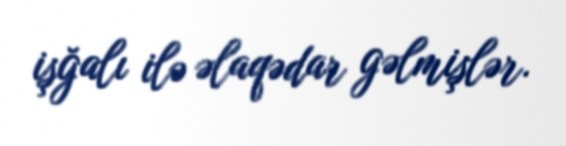
işğalı ilə əlaqədar gəlmişlər.